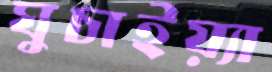
ঘুচাইয়্যা